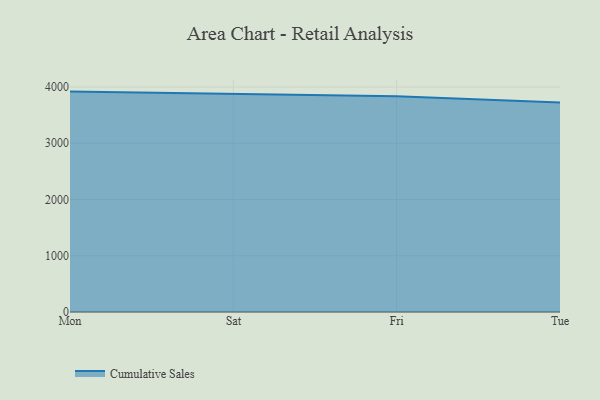
{"axis": {"x": "Day", "y": "Tickets Resolved"}, "legend": ["Cumulative Sales"], "data": [{"x": "Mon", "y": 3918.3, "type": "Cumulative Sales"}, {"x": "Sat", "y": 3873.1, "type": "Cumulative Sales"}, {"x": "Fri", "y": 3837.0, "type": "Cumulative Sales"}, {"x": "Tue", "y": 3723.6, "type": "Cumulative Sales"}]}